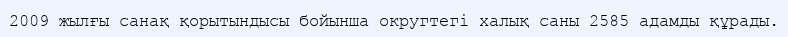
2009 жылғы санақ қорытындысы бойынша округтегі халық саны 2585 адамды құрады.